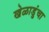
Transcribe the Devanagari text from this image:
खेळाडुंचा